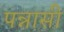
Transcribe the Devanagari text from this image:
पन्नासी